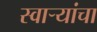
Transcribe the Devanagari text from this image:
स्वार्‍यांचा